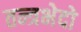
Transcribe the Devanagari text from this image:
तन्त्रभेदो